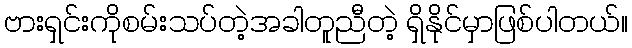
ဗားရှင်းကိုစမ်းသပ်တဲ့အခါတူညီတဲ့ ရှိနိုင်မှာဖြစ်ပါတယ်။